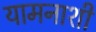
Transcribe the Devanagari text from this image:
यामनाशी